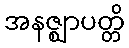
အနဇ္ဈာပတ္တိ